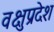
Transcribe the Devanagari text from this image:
वक्षुप्रदेश